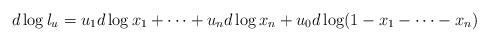
LaTeX: \begin{align*}d\log l_{{u}}=u_1d\log x_1+\cdots +u_nd\log x_n+ u_0 d\log(1-x_1-\cdots -x_n)\end{align*}